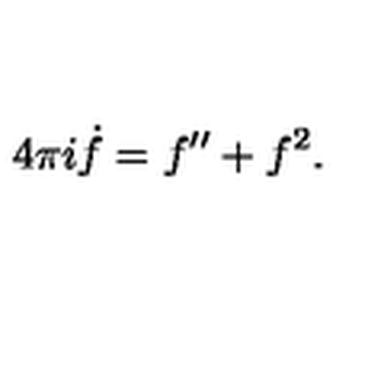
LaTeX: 4 \pi i \dot { f } = f ^ { \prime \prime } + f ^ { 2 } .